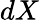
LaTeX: dX